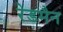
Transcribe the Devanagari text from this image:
रेडमैन